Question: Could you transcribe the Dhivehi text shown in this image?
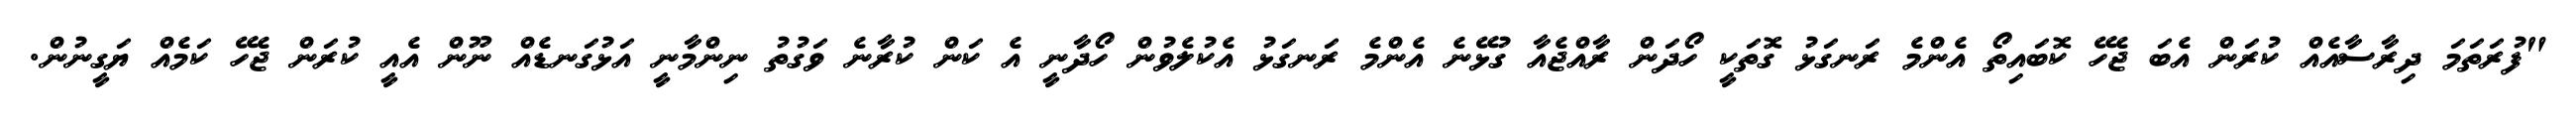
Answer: "ފުރަތަމަ ދިރާސާއެއް ކުރަން އެބަ ޖެހޭ ކޮބައިތޯ އެންމެ ރަނގަޅު ގޮތަކީ ހޯދަން ރާއްޖެއާ ގުޅޭނެ އެންމެ ރަނގަޅު އެކުލެވުން ހޯދާނީ އެ ކަން ކުރާނެ ވަގުތު ނިންމާނީ އަޅުގަނޑެއް ނޫން އެއީ ކުރަން ޖެހޭ ކަމެއް ޔަގީނުން.